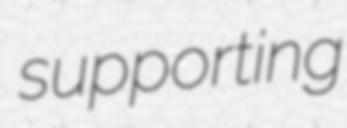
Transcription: supporting